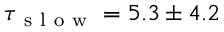
\tau _ { \mathrm { ~ s ~ l ~ o ~ w ~ } } = 5 . 3 \pm 4 . 2